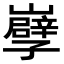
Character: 𡾤